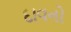
દાવનો